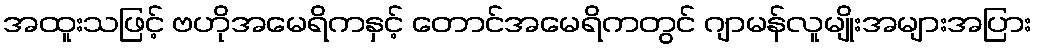
အထူးသဖြင့် ဗဟိုအမေရိကနှင့် တောင်အမေရိကတွင် ဂျာမန်လူမျိုးအများအပြား